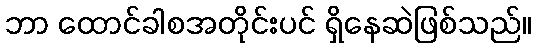
ဘာ ထောင်ခါစအတိုင်းပင် ရှိနေဆဲဖြစ်သည်။